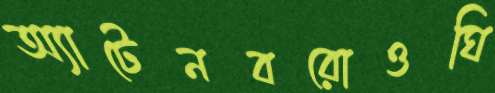
অ্যাটেনবরোওঘি